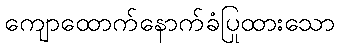
ကျောထောက်နောက်ခံပြုထားသော